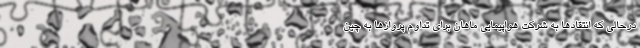
درحالی که انتقادها به شرکت هواپیمایی ماهان برای تداوم پروازها به چین